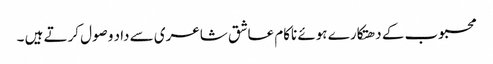
محبوب کے دھتکارے ہوئے ناکام عاشق شاعری سے داد وصول کرتے ہیں ۔